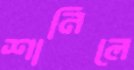
শানিলে